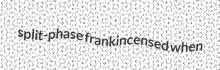
split-phase frankincensed when